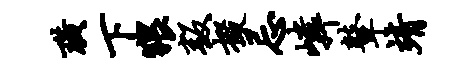
璜下猥叛掇忌嶙鼙靖